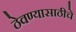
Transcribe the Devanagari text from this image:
ठेवण्यासाठीचे